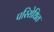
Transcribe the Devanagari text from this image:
परिरोधित